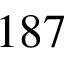
1 8 7